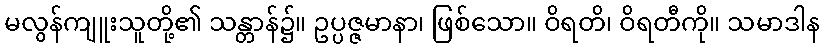
မလွန်ကျူးသူတို့၏ သန္တာန်၌။ ဥပ္ပဇ္ဇမာနာ၊ ဖြစ်သော။ ဝိရတိ၊ ဝိရတီကို။ သမာဒါန